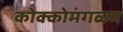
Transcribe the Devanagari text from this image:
कोक्कोमंगळम